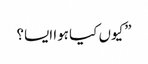
” کیوں کیا ہوا ایسا؟